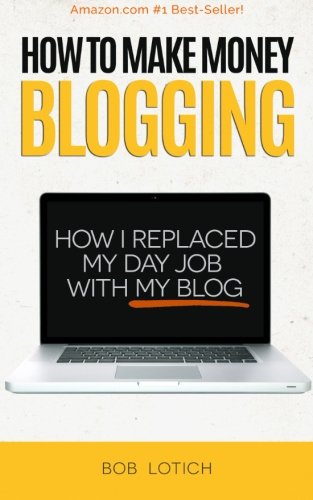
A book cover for How To Make Money Blogging: How I Replaced My Day Job With My Blog; Bob Lotich; Computers & Technology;